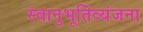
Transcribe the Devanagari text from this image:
स्वानुभूतिव्यंजना